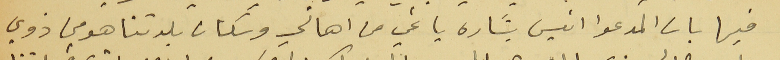
فيها بان المدعوا انيس بشاره ياغي من اهالي وسكان بلدتنا هو من ذوي